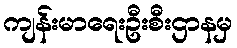
ကျန်းမာရေးဦးစီးဌာနမှ